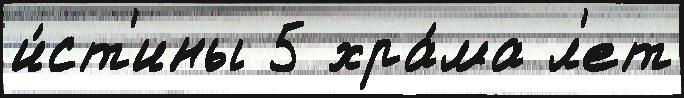
и́ст'ины 5 хра́ма л'ет